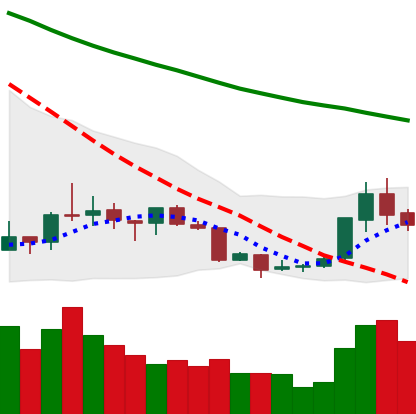
Ticker: XRP-USD
Chart end date: 2018-07-19
Forward return: -3.948%
Label: down_3_5